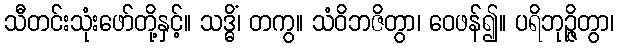
သီတင်းသုံးဖော်တို့နှင့်။ သဒ္ဓိံ၊ တကွ။ သံဝိဘဇိတွာ၊ ဝေဖန်၍။ ပရိဘုဉ္ဇိတွာ၊